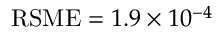
\operatorname { R S M E } = 1 . 9 \times 1 0 ^ { - 4 }